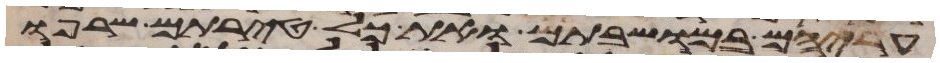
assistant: עריהם במושבתם ואת כל טירתם שרפו